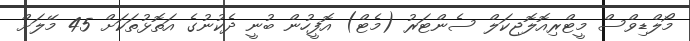
މޯލްޑިވްސް މީޓްރިއޮލޮޖިކަލް ސެންޓަރު (މެޓް) އޮފީހުން ބުނީ ދެކުނުގެ އަތޮޅުތަކަށް 45 މޭލަށް